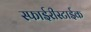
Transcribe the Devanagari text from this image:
स्फाईरीस्टाईक